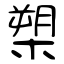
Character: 槊